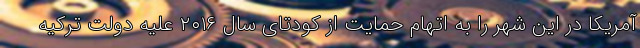
آمریکا در این شهر را به اتهام حمایت از کودتای سال ۲۰۱۶ علیه دولت ترکیه